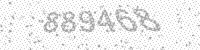
Solution: 889468